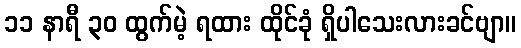
၁၁ နာရီ ၃၀ ထွက်မဲ့ ရထား ထိုင်ခုံ ရှိပါသေးလားခင်ဗျာ။